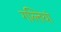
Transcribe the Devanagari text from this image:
गल्तियां